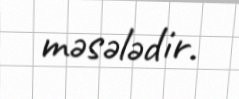
məsələdir.